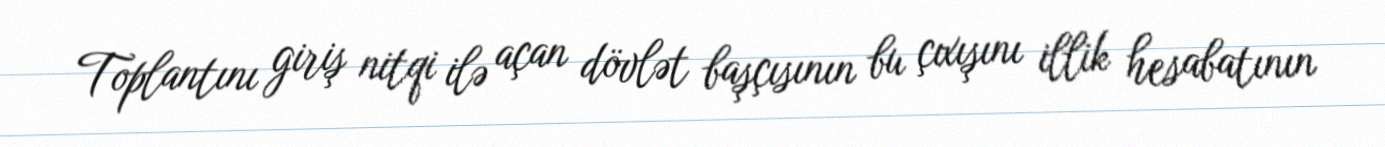
Toplantını giriş nitqi ilə açan dövlət başçısının bu çıxışını illik hesabatının